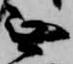
無